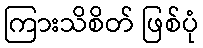
ကြားသိစိတ် ဖြစ်ပုံ